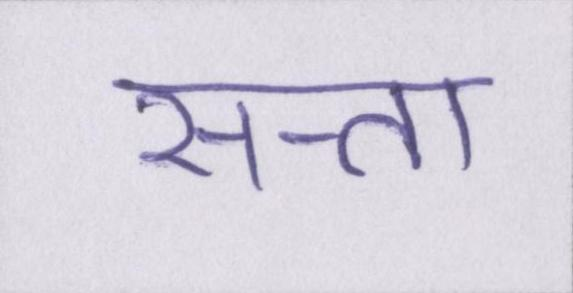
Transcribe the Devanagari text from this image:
सत्ता